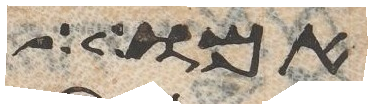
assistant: אמותה